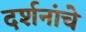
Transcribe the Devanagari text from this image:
दर्शनांचे